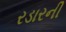
રડારની